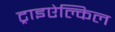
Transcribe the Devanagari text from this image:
ट्राइऐल्किल